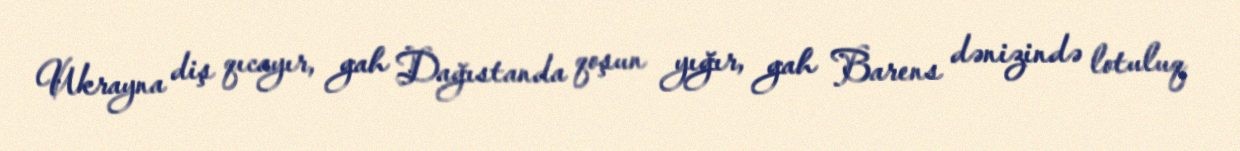
Ukrayna diş qıcayır, gah Dağıstanda qoşun yığır, gah Barens dənizində lotuluq